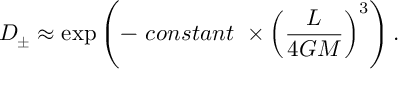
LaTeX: D _ { \pm } \approx \exp \left( - \ c o n s t a n t \ \times \left( \frac { L } { 4 G M } \right) ^ { 3 } \right) .